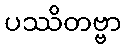
ပဿိတဗ္ဗာ